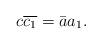
LaTeX: \begin{align*} c\overline{c_{1}} = \bar{a}a_{1}.\end{align*}